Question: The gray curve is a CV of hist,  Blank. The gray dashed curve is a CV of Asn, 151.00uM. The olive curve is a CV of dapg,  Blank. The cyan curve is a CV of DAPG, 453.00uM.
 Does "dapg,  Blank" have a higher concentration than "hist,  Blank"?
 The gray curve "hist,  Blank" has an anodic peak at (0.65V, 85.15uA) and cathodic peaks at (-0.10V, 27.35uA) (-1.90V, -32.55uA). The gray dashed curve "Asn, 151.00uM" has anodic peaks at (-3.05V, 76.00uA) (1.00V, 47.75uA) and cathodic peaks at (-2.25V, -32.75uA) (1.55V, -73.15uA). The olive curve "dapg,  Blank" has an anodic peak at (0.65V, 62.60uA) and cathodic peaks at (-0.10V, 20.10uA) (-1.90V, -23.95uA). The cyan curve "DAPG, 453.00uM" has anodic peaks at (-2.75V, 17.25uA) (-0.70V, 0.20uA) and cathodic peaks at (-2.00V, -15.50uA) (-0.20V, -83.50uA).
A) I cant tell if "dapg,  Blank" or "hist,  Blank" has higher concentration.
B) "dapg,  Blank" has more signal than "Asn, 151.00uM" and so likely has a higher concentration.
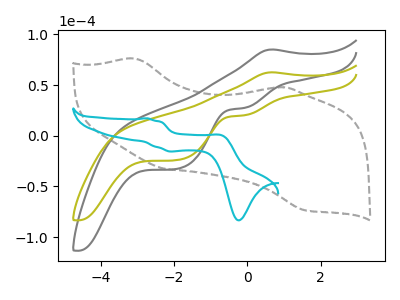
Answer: <think>All the peaks in "dapg,  Blank" have a peak in "hist,  Blank" at the same potential.
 </think>
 <answer>A) I cant tell if "dapg,  Blank" or "hist,  Blank" has higher concentration.</answer>
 <eval>A</eval>